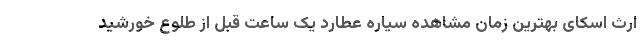
ارث اسکای بهترین زمان مشاهده سیاره عطارد یک ساعت قبل از طلوع خورشید